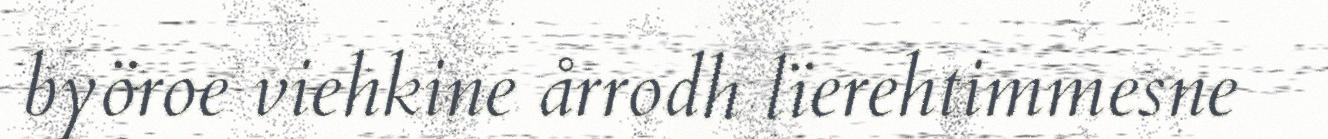
byöroe viehkine årrodh lïerehtimmesne